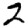
Digit: 2